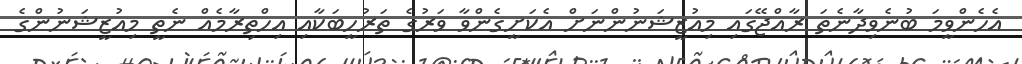
އެހެންވީމަ ބުނެވިދާނެތަ ރާއްޖޭގައި މިއުޒީޝަނުންނަށް އެކަށީގެންވާ ވަރުގެ ތަރުހީބަކާއި އިހްތިރާމެއް ނެތީ މިއުޒީޝަނުންގެ